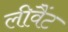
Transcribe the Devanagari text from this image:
लीवैंट